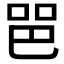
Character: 𰇫